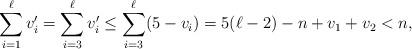
LaTeX: \begin{align*}\sum\limits_{i=1}^{\ell}v_i' = \sum\limits_{i=3}^{\ell}v_i' \leq \sum\limits_{i=3}^{\ell} (5-v_i) = 5(\ell-2)-n+v_1+v_2 < n,\end{align*}